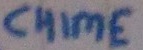
Text: CHIME